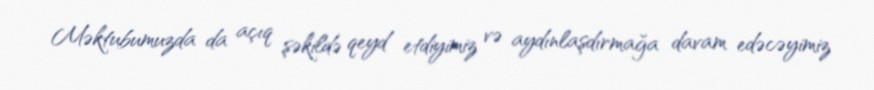
Məktubumuzda da açıq şəkildə qeyd etdiyimiz və aydınlaşdırmağa davam edəcəyimiz